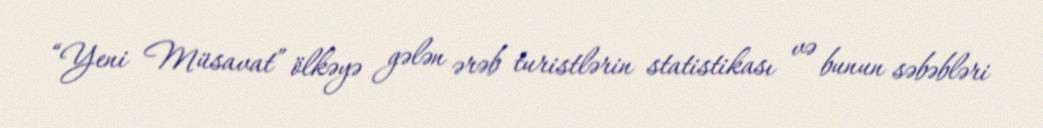
“Yeni Müsavat” ölkəyə gələn ərəb turistlərin statistikası və bunun səbəbləri